Report on the cultivation and use of ganja
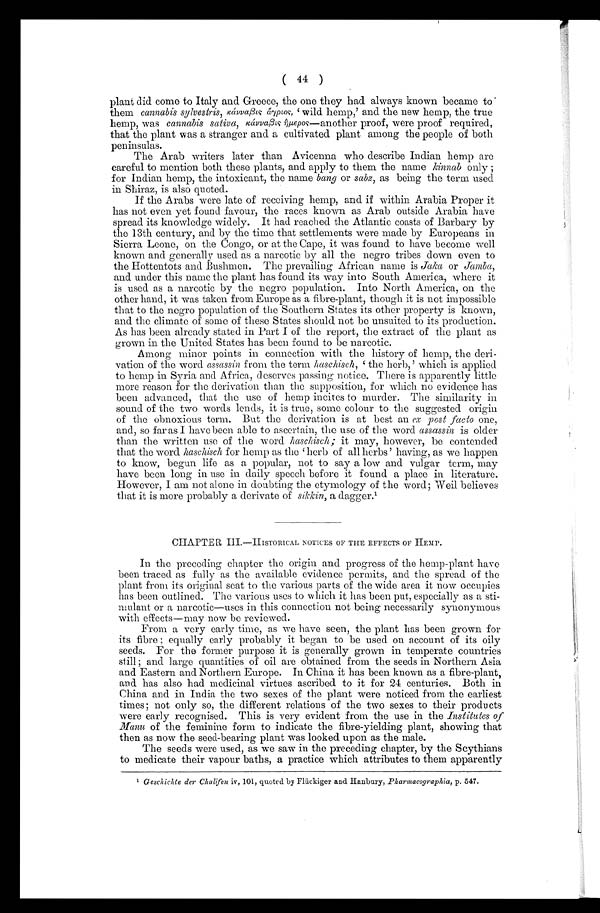
( 44 )
plant did come to Italy and Greece, the one they had always known became to
them cannabis sylvestris, kávvaßις **yρоЅ, 'w i l d h e m p , ' a n d t h e n e w h e m p , t h e t r u e
hemp, was cannabis saliva, kávvaßις μ ερος —another proof, were proof required,
that the plant was a stranger and a cultivated plant among the people of both
peninsulas.
The Arab writers later than Avicenna who describe Indian hemp are
careful to mention both these plants, and apply to them the name kinnab only ;
for Indian hemp, the intoxicant, the name bang or sabz, as being the term used
in Shiraz, is also quoted.
If the Arabs were late of receiving hemp, and if within Arabia Proper it
has not even yet found favour, the races known as Arab outside Arabia have
spread its knowledge widely. It had reached the Atlantic coasts of Barbary by
the 13th century, and by the time that settlements were made by Europeans in
Sierra Leone, on the Congo, or at the Cape, it was found to have become well
known and generally used as a narcotic by all the negro tribes down even to
the Hottentots and Bushmen. The prevailing African name is Jaka or Jamba,
and under this name the plant has found its way into South America, where it
is used as a narcotic by the negro population. Into North America, on the
other hand, it was taken from Europe as a fibre-plant, though it is not impossible
that to the negro population of the Southern States its other property is known,
and the climate of some of these States should not be unsuited to its production.
As has been already stated in Part I of the report, the extract of the plant as
grown in the United States has been found to be narcotic.
Among minor points in connection with the history of hemp, the deri-
vation of the word assassin from the term h aschisch, ' the herb,' which is applied
to hemp in Syria and Africa, deserves passing notice. There is apparently little
more reason for the derivation than the supposition, for which no evidence has
been advanced, that the use of hemp incites to murder. The similarity in
sound of the two words lends, it is true, some colour to the suggested origin
of the obnoxious term. But the derivation is at best an ex post facto one,
and, so far as I have been able to ascertain, the use of the word assassin is older
than the written use of the word haschisch ; it may, however, be contended
that the word haschisck for hemp as the herb of all herbs' having, as we happen
to know, begun life as a popular, not to say a low and vulgar term, may
have been long in use in daily speech before it found a place in literature.
However, I am not alone in doubting the etymology of the word; Weil believes
that it is more probably a derivate of sikkin, a dagger.¹
CHAPTER III.—HISTORICAL NOTICES OF THE EFFECTS OF HEMP.
In the preceding chapter the origin and progress of the hemp-plant have
been traced as fully as the available evidence permits, and the spread of the
plant from its original scat to the various parts of the wide area it now occupies
has been outlined. The various uses to which it has been put, especially as a sti-
mulant or a narcotic—uses in this connection not being necessarily synonymous
with effects—may now be reviewed.
From a very early time, as we have seen, the plant has been grown for
its fibre ; equally early probably it began to be used on account of its oily
seeds. For the former purpose it is generally grown in temperate countries
still ; and large quantities of oil are obtained from the seeds in Northern Asia
and Eastern and Northern Europe. In China it has been known as a fibre-plant,
and has also had medicinal virtues ascribed to it for 24 centuries. Both in
China and in India the two sexes of the plant were noticed from the earliest
times; not only so, the different relations of the two sexes to their products
were early recognised. This is very evident from the use in the Institutes of
Manu of the feminine form to indicate the fibre-yielding plant, showing that
then as now the seed-bearing plant was looked upon as the male.
The seeds were used, as we saw in the preceding chapter, by the Scythians
to medicate their vapour baths, a practice which attributes to them apparently
1 G eschichte der Chalifen iv, 101, quoted by Flückiger and Hanbury, Pharmacographia, p. 547.